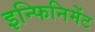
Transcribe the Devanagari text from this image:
इन्फिनिमेंट